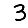
Digit: 3